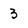
Character: 3